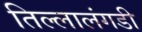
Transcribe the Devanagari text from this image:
तिल्लालंगडी